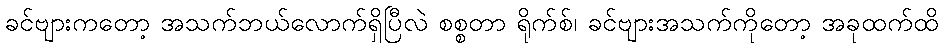
ခင်ဗျားကတော့ အသက်ဘယ်လောက်ရှိပြီလဲ စစ္စတာ ရိုက်စ်၊ ခင်ဗျားအသက်ကိုတော့ အခုထက်ထိ